Civil Veterinary Dept. North-West Frontier Province 1923-32 - 1923-1932
Year: 1923
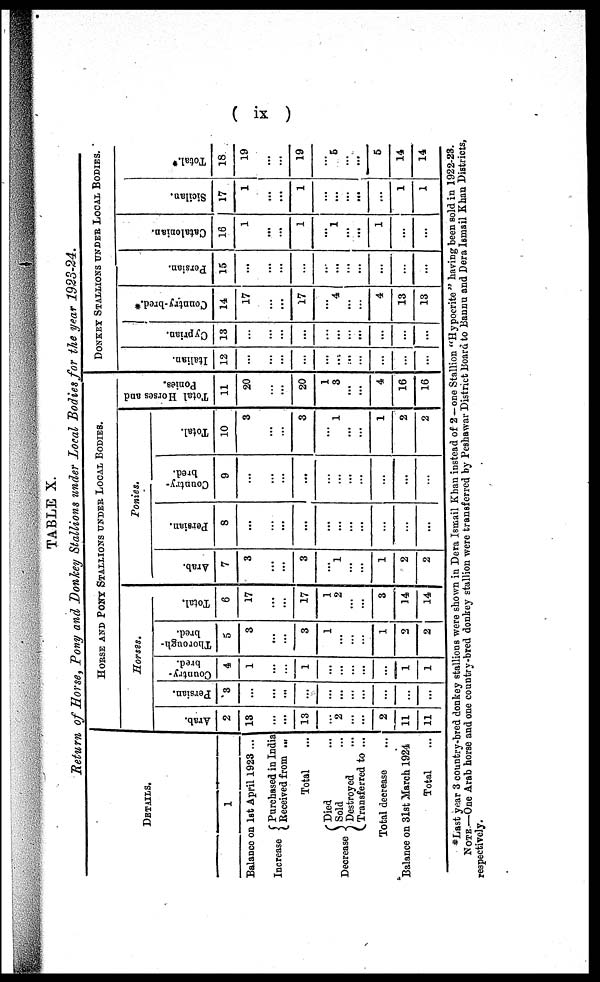
( ix )
TABLE X.
Return of Horse, Pony and Donkey Stallions under Local Bodies for the year 1923-24.
DETAILS.
1
Balance on 1st April 1923 ...
Increase { Purchased in India
Received from ...
Total ...
Decrease { Died ...
Sold ...
Destroyed ...
Transferred to ...
Total decrease ...
Balance on 31st March 1924
Total ...
HORSE AND PONY STALLIONS UNDER LOCAL BODIES.
Horses.
Arab.
2
13
...
...
13
...
2
...
...
2
11
11
Persian.
3
...
...
...
...
...
...
...
...
...
...
...
Country -
bred.
4
1
...
...
1
...
...
...
...
...
1
1
Thorough-
bred.
5
3
...
...
3
1
...
...
...
1
2
2
Total.
6
17
...
...
17
1
2
...
...
3
14
14
Ponies.
Arab.
7
3
...
...
3
...
1
...
...
1
2
2
Persian.
8
...
...
...
...
...
...
...
...
...
...
...
Country-
bred.
9
...
...
...
...
...
...
...
...
...
...
...
Total.
10
3
...
...
3
...
1
...
...
1
2
2
Total Horses and
Ponies.
11
20
...
...
20
1
3
...
...
4
16
16
DONKEY STALLIONS UNDER LOCAL BODIES.
Italian.
12
...
...
...
...
...
...
...
...
...
...
...
Cyprian.
13
...
...
...
...
...
...
...
...
...
...
...
Country-bred.*
14
17
...
...
17
...
4
...
...
4
13
13
Persian.
15
...
...
...
...
...
...
...
...
...
...
...
Catalonian.
16
1
...
...
1
...
1
...
...
1
...
...
Sicilan.
17
1
...
...
1
...
...
...
...
...
1
1
Total.*
18
19
...
...
19
...
5
...
...
5
14
14
*Last year 3 country-bred donkey stallions were shown in Dera Ismail Khan instead of 2—one Stallion " Hypocrite " having been sold in 1922-23.
NOTE—One Arab horse and one country-bred donkey stallion were transferred by Peshawar District Board to Bannu and Dera Ismail Khan Districts,
respectively.